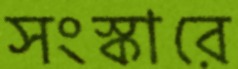
সংস্কারে